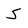
Character: S